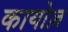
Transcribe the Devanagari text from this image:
कायोज़